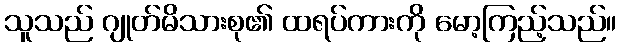
သူသည် ဂျုတ်မိသားစု၏ ထရပ်ကားကို မော့ကြည့်သည်။